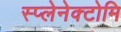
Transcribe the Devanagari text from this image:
स्प्लेनेक्टोमि